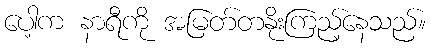
ပေါ့က နာရီကို အမြတ်တနိုးကြည့်နေသည်။